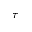
\tau